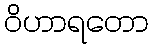
ဝိဟာရတော